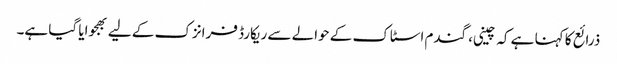
ذرائع کا کہنا ہے کہ چینی، گندم اسٹاک کے حوالے سے ریکارڈ فرانزک کے لیے بھجوایا گیا ہے۔